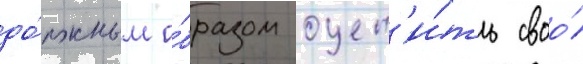
до́лжным о́бразом оцен'и́ть своо́